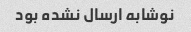
نوشابه ارسال نشده بود